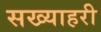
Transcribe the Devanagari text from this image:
सख्याहरी